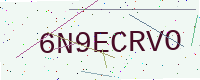
Text: 6N9ECRVO